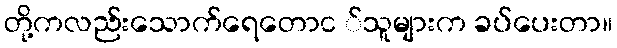
တို့ကလည်းသောက်ရေတောင ်သူများက ခပ်ပေးတာ။